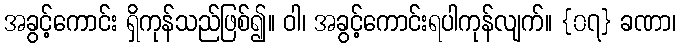
အခွင့်ကောင်း ရှိကုန်သည်ဖြစ်၍။ ဝါ၊ အခွင့်ကောင်းရပါကုန်လျက်။ {၀၇} ခဏာ၊